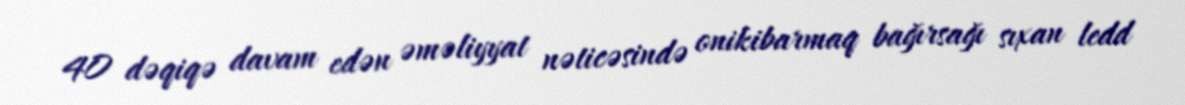
40 dəqiqə davam edən əməliyyat nəticəsində onikibarmaq bağırsağı sıxan ledd